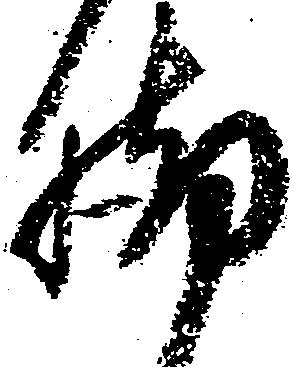
脚